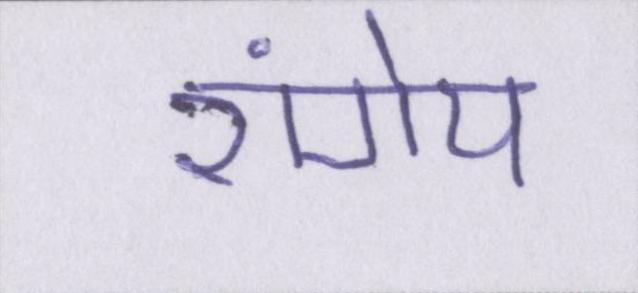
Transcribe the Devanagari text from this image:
रांगेय